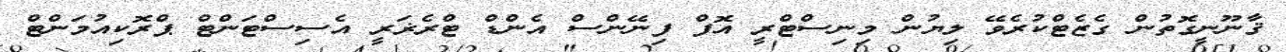
ޤާނޫނީގޮތުން ގެޒެޓްކުރެވޭ ލިޔުން މިނިސްޓްރީ އޮފް ފިނޭންސް އެންޑް ޓްރެޜަރީ އެސިސްޓަންޓް ޕްރޮކިއުމަންޓް